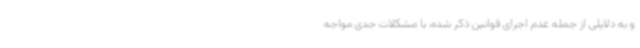
و به دلایلی از جمله عدم اجرای قوانین ذکر شده، با مشکلات جدی مواجه